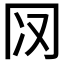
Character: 𰃨